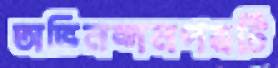
অভিনন্দনপত্রটি